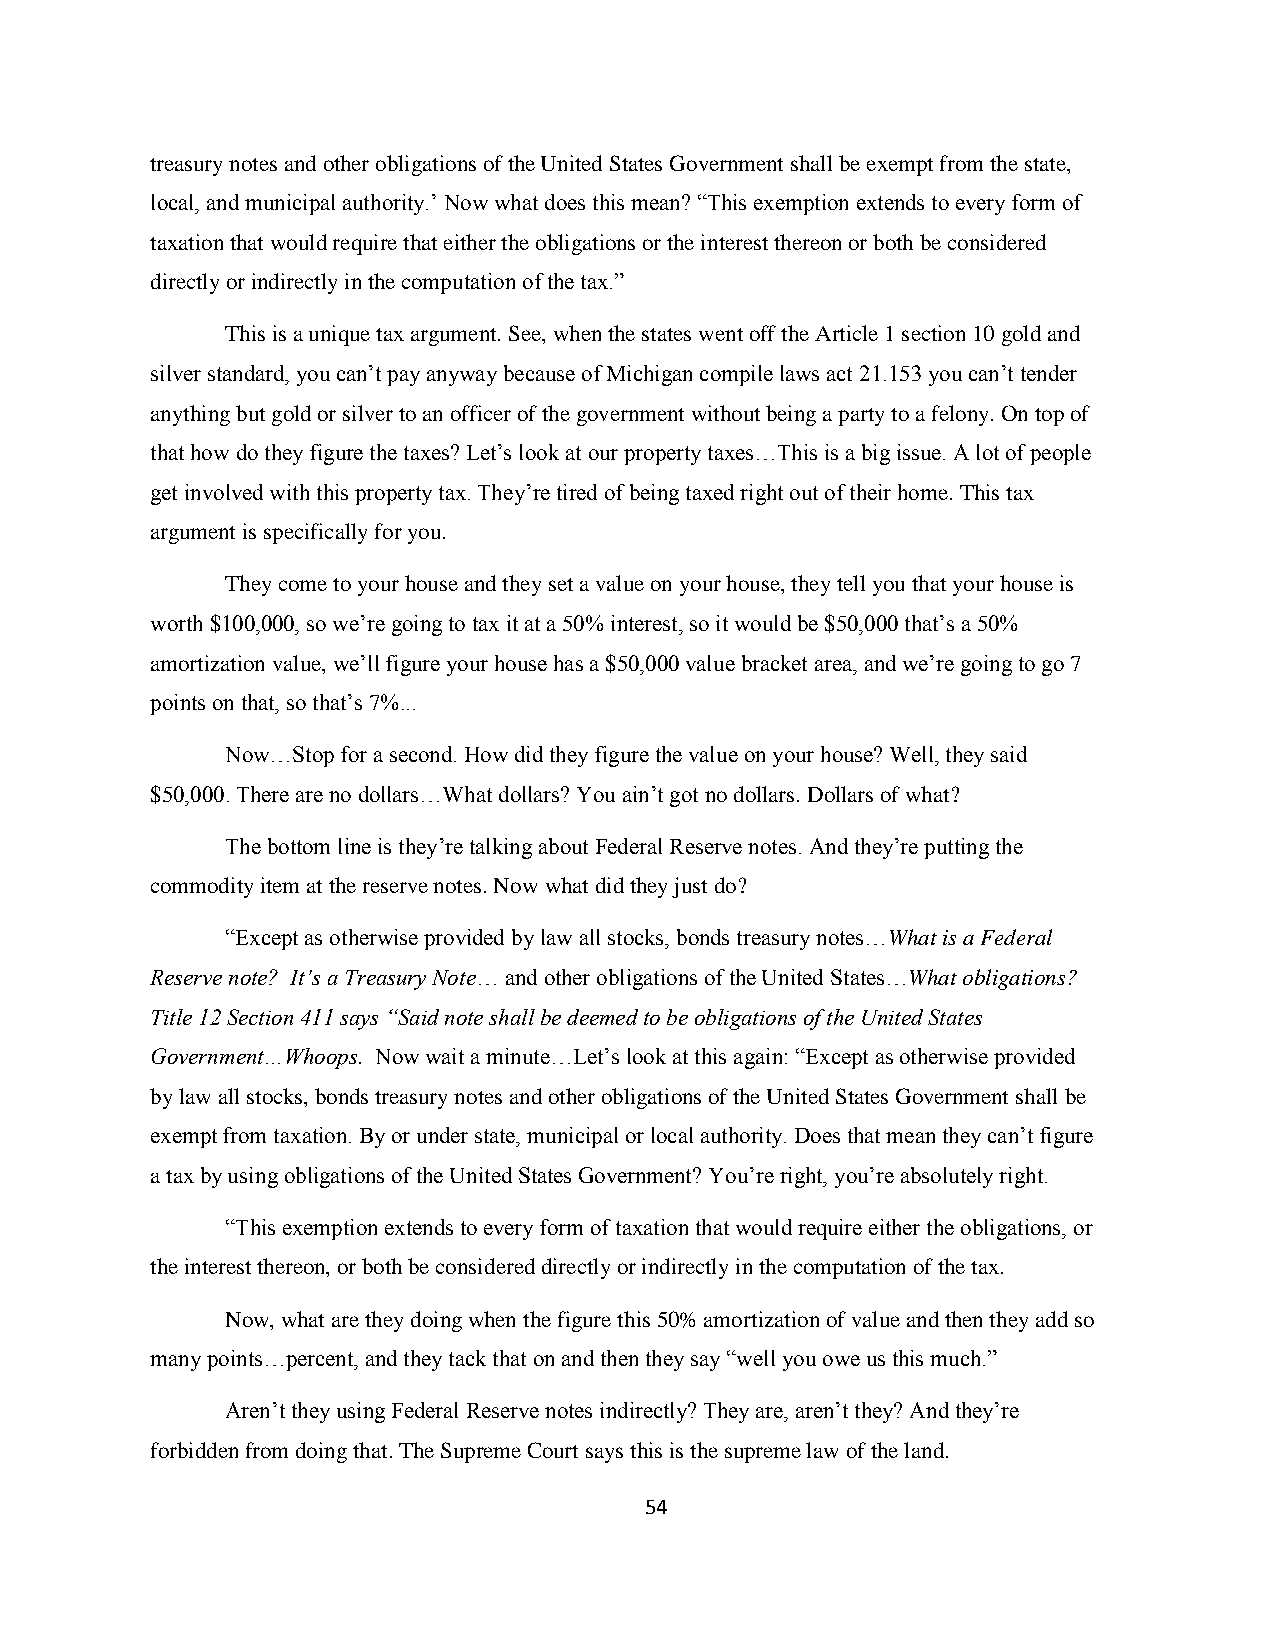
treasury notes and other obligations of the United States Government shall be exempt from the state,
 local, and municipal authority.‟ Now what does this mean? “This exemption extends to every form of
 taxation that would require that either the obligations or the interest thereon or both be considered
 directly or indirectly in the computation of the tax.”
 This is a unique tax argument. See, when the states went off the Article 1 section 10 gold and
 silver standard, you can‟t pay anyway because of Michigan compile laws act 21.153 you can‟t tender
 anything but gold or silver to an officer of the government without being a party to a felony. On top of
 that how do they figure the taxes? Let‟s look at our property taxes…This is a big issue. A lot of people
 get involved with this property tax. They‟re tired of being taxed right out of their home. This tax
 argument is specifically for you.
 They come to your house and they set a value on your house, they tell you that your house is
 worth $100,000, so we‟re going to tax it at a 50% interest, so it would be $50,000 that‟s a 50%
 amortization value, we‟ll figure your house has a $50,000 value bracket area, and we‟re going to go 7
 points on that, so that‟s 7%...
 Now…Stop for a second. How did they figure the value on your house? Well, they said
 $50,000. There are no dollars…What dollars? You ain‟t got no dollars. Dollars of what?
 The bottom line is they‟re talking about Federal Reserve notes. And they‟re putting the
 commodity item at the reserve notes. Now what did they just do?
 “Except as otherwise provided by law all stocks, bonds treasury notes…What is a Federal
 Reserve note? It’s a Treasury Note… and other obligations of the United States…What obligations?
 Title 12 Section 411 says “Said note shall be deemed to be obligations of the United States
 Government…Whoops. Now wait a minute…Let‟s look at this again: “Except as otherwise provided
 by law all stocks, bonds treasury notes and other obligations of the United States Government shall be
 exempt from taxation. By or under state, municipal or local authority. Does that mean they can‟t figure
 a tax by using obligations of the United States Government? You‟re right, you‟re absolutely right.
 “This exemption extends to every form of taxation that would require either the obligations, or
 the interest thereon, or both be considered directly or indirectly in the computation of the tax.
 Now, what are they doing when the figure this 50% amortization of value and then they add so
 many points…percent, and they tack that on and then they say “well you owe us this much.”
 Aren‟t they using Federal Reserve notes indirectly? They are, aren‟t they? And they‟re
 forbidden from doing that. The Supreme Court says this is the supreme law of the land.
 54